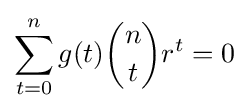
\sum _{t=0}^{n}g(t){n \choose t}r^{t}=0